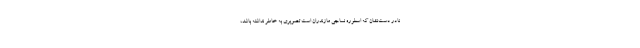
نادر دست‌نشان که اسطوره نساجی مازندران است تصویری به خاطر نداشته باشد،